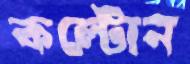
কল্টোন